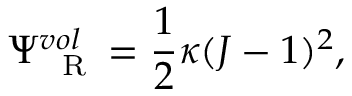
\Psi _ { \mathrm { ~ \tiny ~ R ~ } } ^ { v o l } = \frac { 1 } { 2 } \kappa ( J - 1 ) ^ { 2 } ,